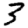
Digit: 3